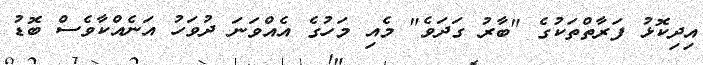
އިދިކޮޅު ފަރާތްތަކުގެ "ބާރު ގަދަވެ" މެއި މަހުގެ އެއްވަނަ ދުވަހު އަނެއްކާވެސް ބޮޑު